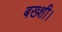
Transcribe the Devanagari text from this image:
बख्शी।